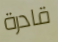
قادرة